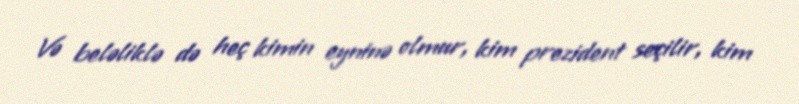
Və beləliklə də heç kimin eyninə olmur, kim prezident seçilir, kim